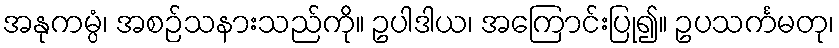
အနုကမ္ပံ၊ အစဉ်သနားသည်ကို။ ဥပါဒါယ၊ အကြောင်းပြု၍။ ဥပသင်္ကမတု၊